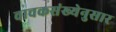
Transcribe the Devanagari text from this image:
वाचकसंख्येनुसार